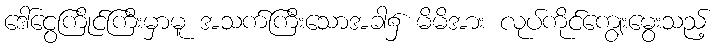
ဒေါ်ငွေကြိုင်ကြီးမှာမူ အသက်ကြီးသောအခါ၌ မိမိအား လုပ်ကိုင်ကျွေးမွေးသည့်